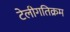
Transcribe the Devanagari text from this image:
टेलीगतिक्रम